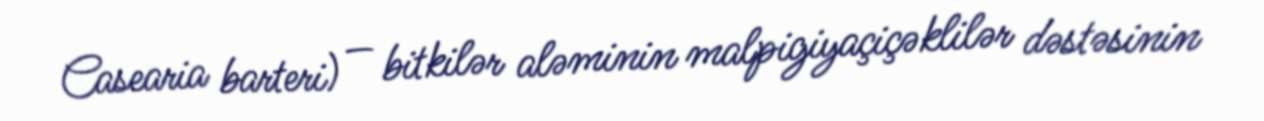
Casearia barteri) — bitkilər aləminin malpigiyaçiçəklilər dəstəsinin